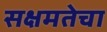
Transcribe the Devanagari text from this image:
सक्षमतेचा